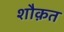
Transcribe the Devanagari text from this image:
शौक़त